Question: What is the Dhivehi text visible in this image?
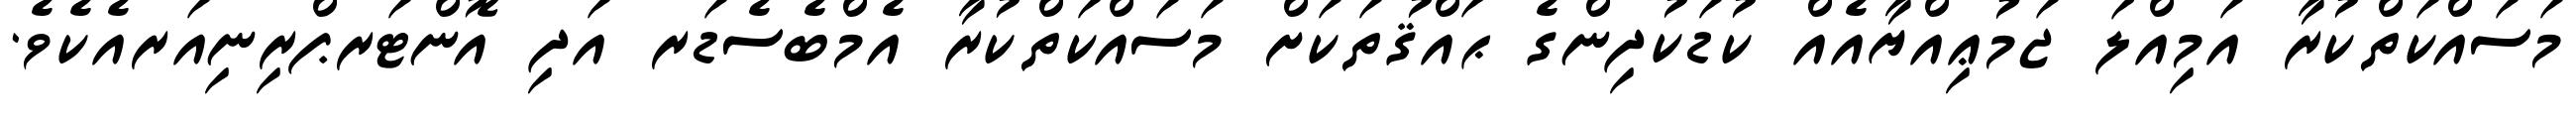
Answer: މަސައްކަތްކުރާ އަމިއްލަ ޖަމުޢިއްޔާއެއް ކުޑަކުދިންގެ ޙައްޤުތަކަށް މަސައްކަތްކުރާ އެމްބެސެޑަރ އަދި އޮންޓަރޕްރިނިއަރއެކެވެ.